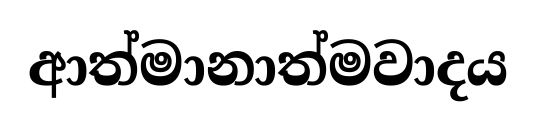
ආත්මානාත්මවාදය